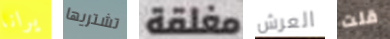
يرانا تشتريها مغلقة العرش قلت